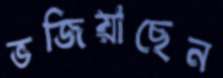
ভজিয়াছেন